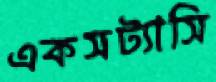
একসট্যাসি